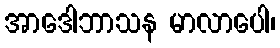
အာဒေါဘာသန မာလာပေါ၊